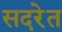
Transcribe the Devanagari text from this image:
सदरेत